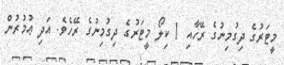
މީޓަރުގެ ދިގުމިނުގެ ރޭހާއި 1 ކިލޯ މީޓަރުގެ ދިގުމިނުގެ ރޭހެވެ. އަދި ޢުމުރުން